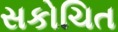
સકોચિત